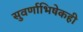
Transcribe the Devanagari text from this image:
सुवर्णाभिषेकही